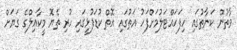
ވާތުން ކަނާތުގައި ހިފަހައްޓަލުމަށްފަހު އަތުގައި އޮތް ކުޑަފުޅީގައި ހުރި ތެޔޮ މީކާޢިލްގެ ގަޔަށް